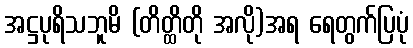
အဋ္ဌပုရိသဘူမိ (တိတ္ထိတို အလို)အရ ရေတွက်ပြပုံ